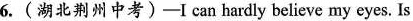
6.(湖北荆州中考)—I can hardly believe my eyes. Is